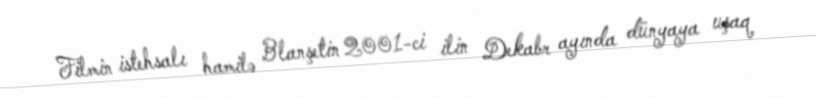
Filmin istehsalı hamilə Blanşetin 2001-ci ilin Dekabr ayında dünyaya uşaq